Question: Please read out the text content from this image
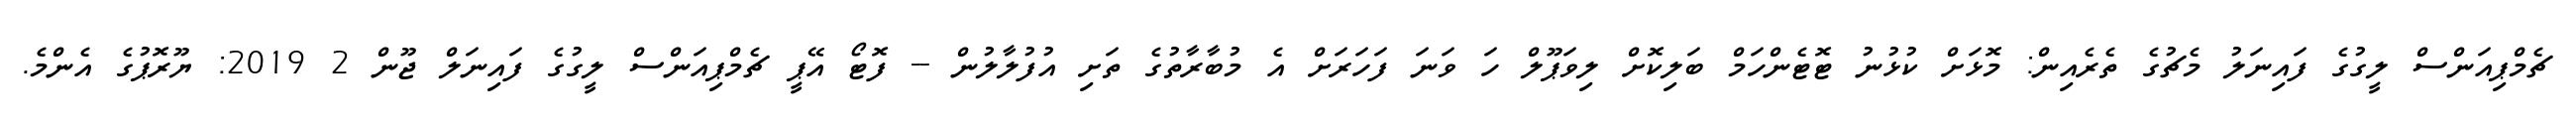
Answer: ޗެމްޕިއަންސް ލީގުގެ ފައިނަލު މެޗުގެ ތެރެއިން: މޮޅަށް ކުޅުނު ޓޮޓެންހަމް ބަލިކޮށް ލިވަޕޫލް ހަ ވަނަ ފަހަރަށް އެ މުބާރާތުގެ ތަށި އުފުލާލުން -- ފޮޓޯ އޭޕީ ޗެމްޕިއަންސް ލީގުގެ ފައިނަލް ޖޫން 2 2019: ޔޫރޮޕުގެ އެންމެ.